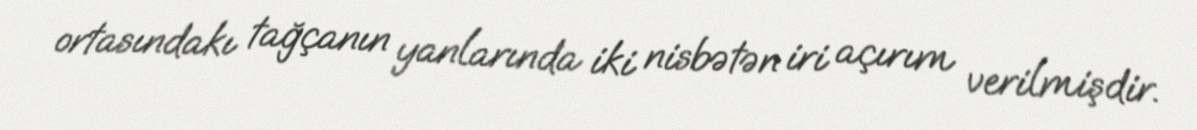
ortasındakı tağçanın yanlarında iki nisbətən iri açırım verilmişdir.